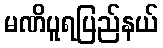
မဏိပူရပြည်နယ်